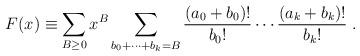
LaTeX: \begin{align*}F(x)\equiv \sum_{B\ge 0} x^B \sum_{b_0+\cdots+b_k=B}\frac{(a_0+b_0)!}{b_0!}\cdots\frac{(a_k+b_k)!}{b_k!}\; .\end{align*}